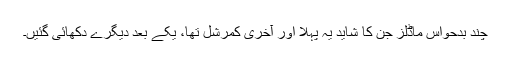
چند بدحواس ماڈلز جن کا شاید یہ پہلا اور آخری کمرشل تھا، یکے بعد دیگرے دکھائی گئیں۔